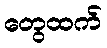
တွေထက်